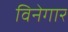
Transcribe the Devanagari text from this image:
विनेगार